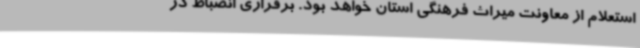
استعلام از معاونت میراث فرهنگی استان خواهد بود. برقراری انضباط در